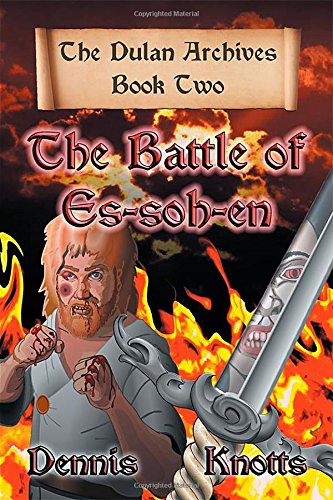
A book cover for The Battle of Es-soh-en: The Dulan Archives - Book Two; Dennis Knotts; Literature & Fiction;